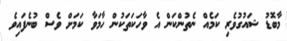
މާބޮޑު ޝައުގުވެރި ކަމެއް ނެތުންކަން އެ ވާހަކަތަކުން ހާމަވާ ކަމަށް ވެސް ބުނެފައިވެ